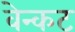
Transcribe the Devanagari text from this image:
वेन्कट